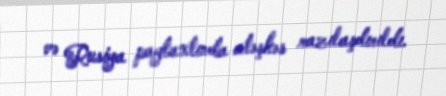
və Rusiya paytaxtında atəşkəs razılaşdırıldı.